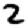
Digit: 2